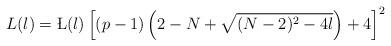
LaTeX: \begin{align*}L(\l)=\L(\l)\left[(p-1)\left(2-N+\sqrt{(N-2)^2-4\l}\right)+4\right]^2\end{align*}